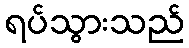
ရပ်သွားသည်